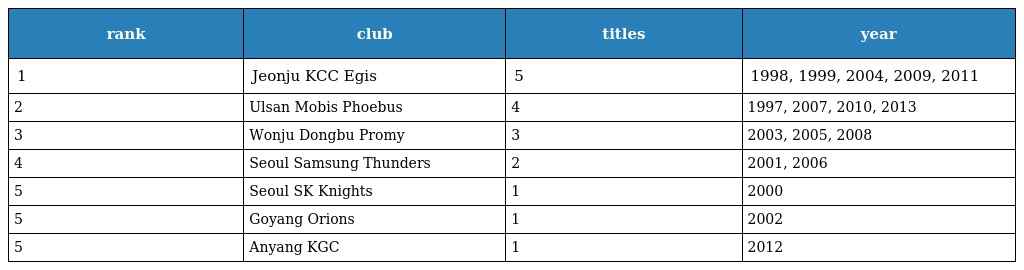
| rank | club | titles | year |
 | --- | --- | --- | --- |
 | 1 | Jeonju KCC Egis | 5 | 1998, 1999, 2004, 2009, 2011 |
 | 2 | Ulsan Mobis Phoebus | 4 | 1997, 2007, 2010, 2013 |
 | 3 | Wonju Dongbu Promy | 3 | 2003, 2005, 2008 |
 | 4 | Seoul Samsung Thunders | 2 | 2001, 2006 |
 | 5 | Seoul SK Knights | 1 | 2000 |
 | 5 | Goyang Orions | 1 | 2002 |
 | 5 | Anyang KGC | 1 | 2012 |